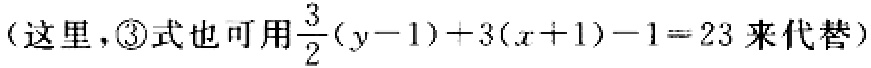
（这里，\textcircled{3}式也可用\(\frac{3}{2}(y - 1)+3(x + 1)-1 = 23\)来代替）